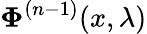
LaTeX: \mathbf{\Phi}^{(n-1)}(x,\lambda)